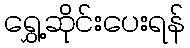
ရွှေ့ဆိုင်းပေးရန်